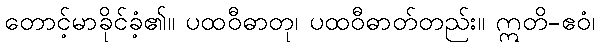
တောင့်မာခိုင်ခံ့၏။ ပထဝီဓာတု၊ ပထဝီဓာတ်တည်း။ ဣတိ-ဧဝံ၊